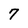
Character: 7